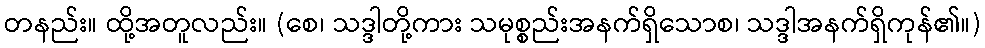
တနည်း။ ထို့အတူလည်း။ (စေ၊ သဒ္ဒါတို့ကား သမုစ္စည်းအနက်ရှိသောစ၊ သဒ္ဒါအနက်ရှိကုန်၏။)